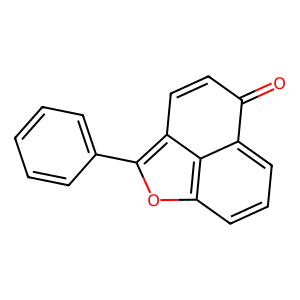
SMILES: O=C1C=Cc2c(-c3ccccc3)oc3cccc1c23
Inhibits HIV replication: No